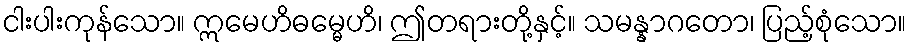
ငါးပါးကုန်သော။ ဣမေဟိဓမ္မေဟိ၊ ဤတရားတို့နှင့်။ သမန္နာဂတော၊ ပြည့်စုံသော။